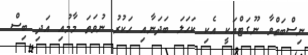
ނިސްބަތްވާ ނޫގަޓްއަކީ އެކި ކަހަލަ ބަދަނާއި ހަކުރު ނުވަތަ މާމުއި އަދި ބިސް